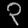
Digit: ၃